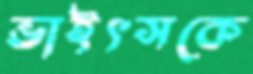
ভাইৎসকে